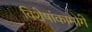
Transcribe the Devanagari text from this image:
विशेषांकामागे